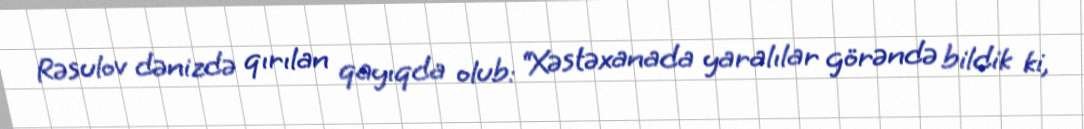
Rəsulov dənizdə qırılan qayıqda olub: “Xəstəxanada yaralılar görəndə bildik ki,